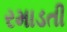
રમાડતી